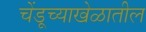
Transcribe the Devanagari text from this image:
चेंडूच्याखेळातील